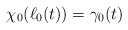
\begin{align*}\chi_0(\ell_0(t)) = \gamma_0(t)\end{align*}